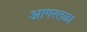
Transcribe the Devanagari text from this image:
आगरतळा